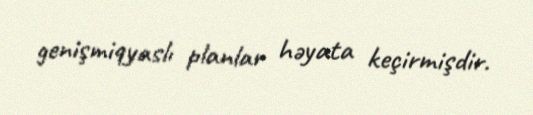
genişmiqyaslı planlar həyata keçirmişdir.